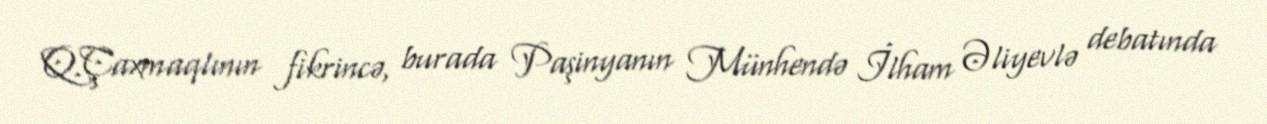
Q.Çaxmaqlının fikrincə, burada Paşinyanın Münhendə İlham Əliyevlə debatında